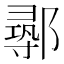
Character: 𨝻